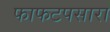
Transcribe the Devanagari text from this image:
फाफटपसारा